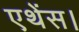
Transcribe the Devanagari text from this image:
एथेंस।